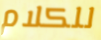
للكلام